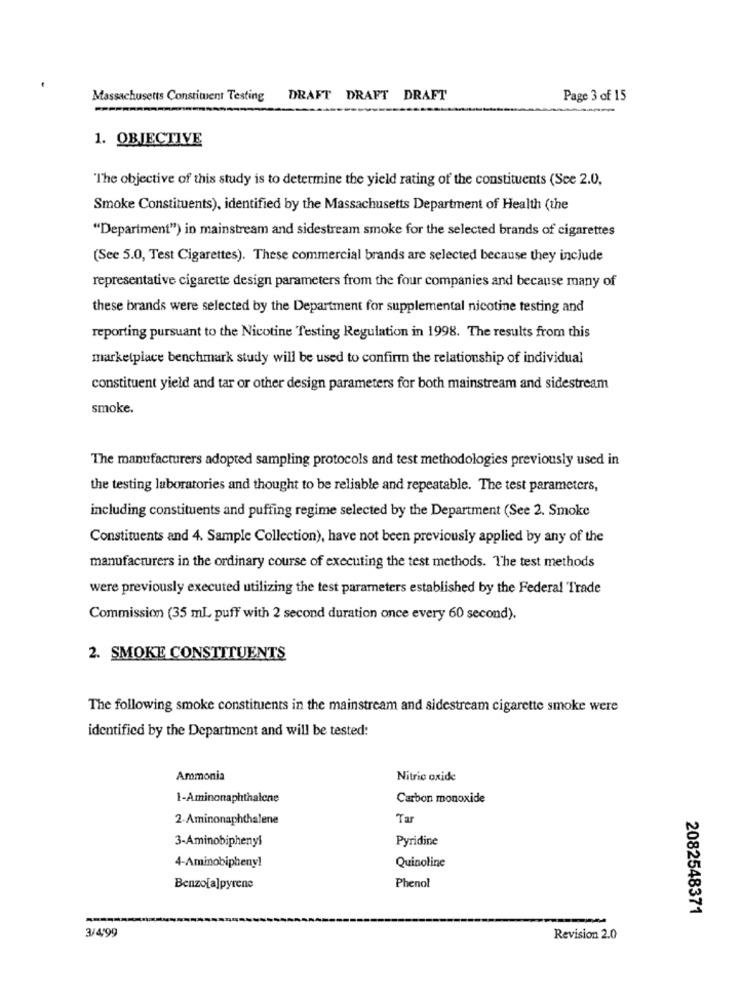
Massachusetts Constituent Testing
DRAFT DRAFT DRAFT
Page 3 of 15
-
1. OBJECTIVE
The objective of this study is to determine the yield rating of the constituents (See 2.0,
Smoke Constituents), identified by the Massachusetts Department of Health (the
"Department") in mainstream and sidestream smoke for the selected brands of cigarettes
(See 5.0, Test Cigarettes). These commercial brands are selected because they include
representative cigarette design parameters from the four companies and because many of
these brands were selected by the Department for supplemental nicotine testing and
reporting pursuant to the Nicotine Testing Regulation in 1998. The results from this
marketplace benchmark study will be used to confirm the relationship of individual
constituent yield and tar or other design parameters for both mainstream and sidestream
smoke.
The manufacturers adopted sampling protocols and test methodologies previously used in
the testing laboratories and thought to be reliable and repeatable. The test parameters,
including constituents and puffing regime selected by the Department (See 2. Smoke
Constituents and 4. Sample Collection), have not been previously applied by any of the
manufacturers in the ordinary course of executing the test methods. The test methods
were previously executed utilizing the test parameters established by the Federal Trade
Commission (35 mL puff with 2 second duration once every 60 second).
2. SMOKE CONSTITUENTS
The following smoke constituents in the mainstream and sidestream cigarette smoke were
identified by the Department and will be tested:
Ammonia
Nitric oxide
1-Aminonaphthalene
Carbon monoxide
2-Aminonaphthalene
Tar
3-Aminobiphenyl
Pyridine
4-Aminobiphenyl
Quinoline
Benzo[a]pyrene
Phenol
2082548371
3/4,99
Revision 2.0